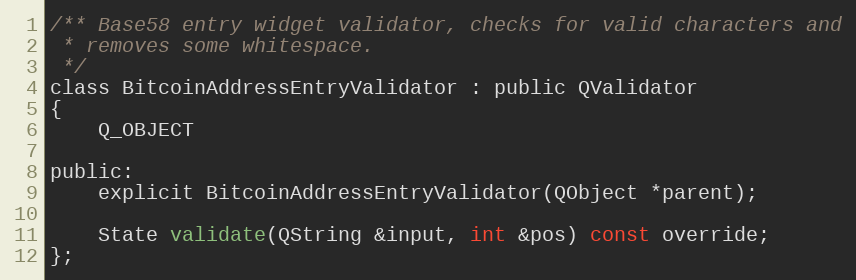
Language: C
/** Base58 entry widget validator, checks for valid characters and
 * removes some whitespace.
 */
class BitcoinAddressEntryValidator : public QValidator
{
    Q_OBJECT

public:
    explicit BitcoinAddressEntryValidator(QObject *parent);

    State validate(QString &input, int &pos) const override;
};